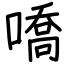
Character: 嘺